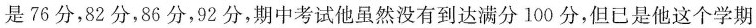
是76分，82分，86分，92分，期中考试他虽然没有到达满分100分，但已是他这个学期